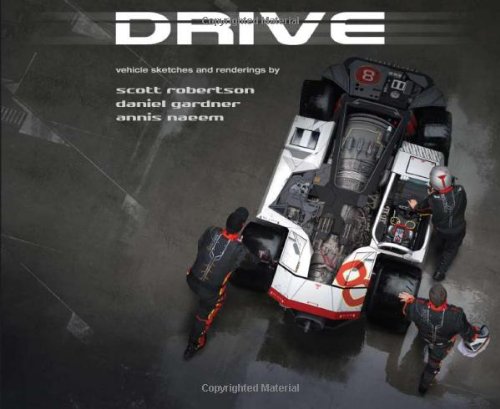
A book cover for DRIVE: vehicle sketches and renderings by Scott Robertson; Scott Robertson; Arts & Photography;